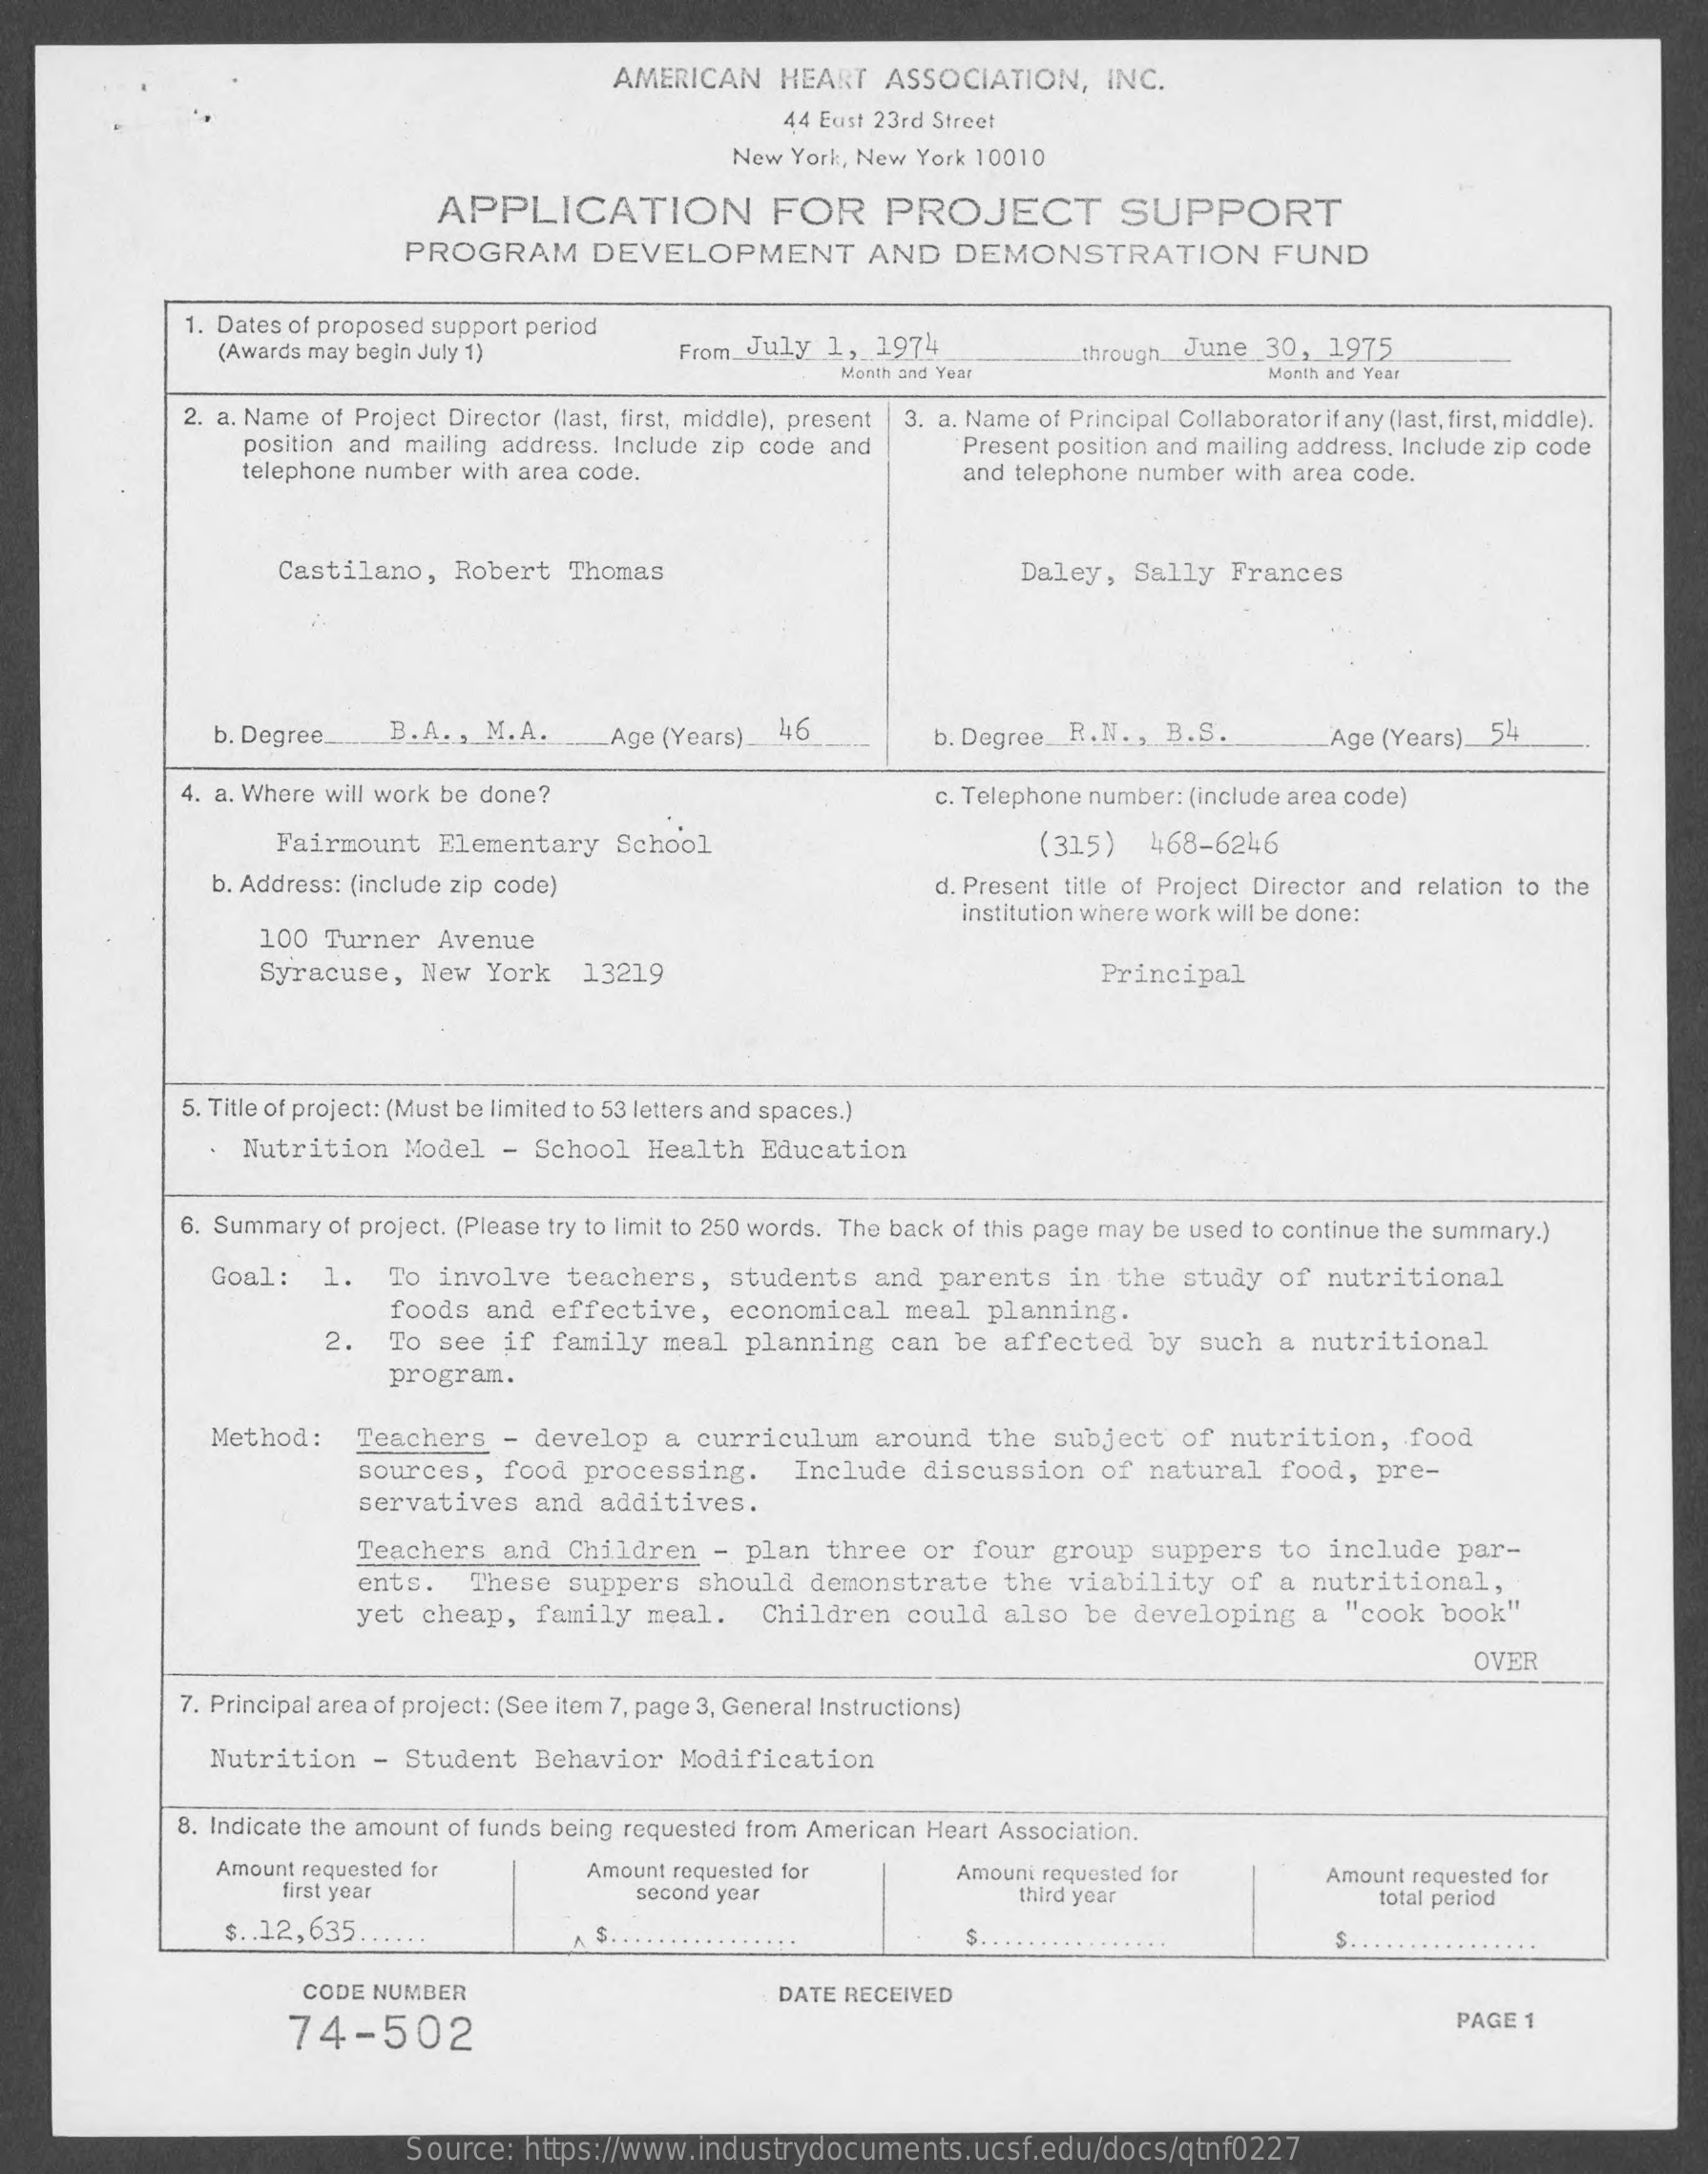
AMERICAN    HEART    ASSOCIATION,    INC.
     44 Eust 23rd Street
     New York, New York 10010
     APPLICATION    FOR    PROJECT    SUPPORT
     PROGRAM    DEVELOPMENT    AND    DEMONSTRATION    FUND
     1. Dates of proposed support period
     (Awards may begin July 1)    From July  1,  1974    through_June  30,  1975
     Month and Year    Month and Year
     2. a. Name of Project Director (last, first, middle), present 3. a. Name of Principal Collaborator if any (last, first, middle).
     position and mailing address, Include zip code and
     telephone number with area code.
     Present position and mailing address, Include zip code
     and telephone number with area code.
     Castilano,   Robert  Thomas    Daley,   Sally  Frances
     b. Degree ..... B.A ., M.A.   Age (Years) __ 46    b. Degree  R. N. , B.S.    Age (Years) 54
     4. a. Where will work be done?    c. Telephone number: (include area code)
     Fairmount    Elementary   School    (315)   468-6246
     b. Address: (include zip code)    d. Present title of Project Director and relation to the
     100  Turner  Avenue
     institution where work will be done:
     Syracuse,   New  York   13219    Principal
     5. Title of project: (Must be limited to 53 letters and spaces.)
     Nutrition    Model  -  School  Health   Education
     6. Summary of project. (Please try to limit to 250 words. The back of this page may be used to continue the summary.)
     Goal:    1.   To involve   teachers,    students   and  parents   in the  study   of nutritional
     foods  and  effective,    economical   meal  planning.
     2.   To see  if  family   meal  planning   can  be  affected   by such   a nutritional
     program.
     Method:    Teachers   - develop   a curriculum    around   the subject   of  nutrition,    food
     sources,  food  processing.    Include  discussion    of  natural   food,  pre-
     servatives   and  additives.
     Teachers  and  Children    - plan  three  or  four  group   suppers   to  include  par-
     ents.   These  suppers   should   demonstrate    the  viability   of  a nutritional,
     yet cheap,   family  meal.    Children   could   also  be developing    a  "cook  book"
     OVER
     7. Principal area of project: (See item 7, page 3, General Instructions)
     Nutrition    - Student   Behavior   Modification
     8. Indicate the amount of funds being requested from American Heart Association.
     Amount requested for    Amount requested for
     first year    second year
     Amouni requested for
     third year
     Amount requested for
     total period
     $ .. 12,635 ..    S    $
     CODE  NUMBER    DATE RECEIVED
     74-502
     PAGE  1
     Source:  https://www.industrydocuments.ucsf.edu/docs/qtnf0227